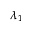
\lambda _ { 1 }